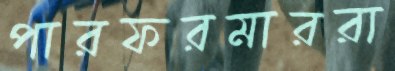
পারফরমাররা